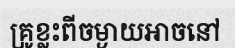
គ្រូខ្លះពីចម្ងាយអាចនៅ